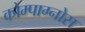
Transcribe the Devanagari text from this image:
कोम्पाग्नोस